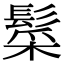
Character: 䰂